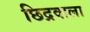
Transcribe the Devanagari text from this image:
छिद्रवाला